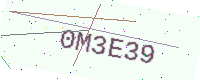
Text: 0M3E39